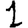
Digit: 1